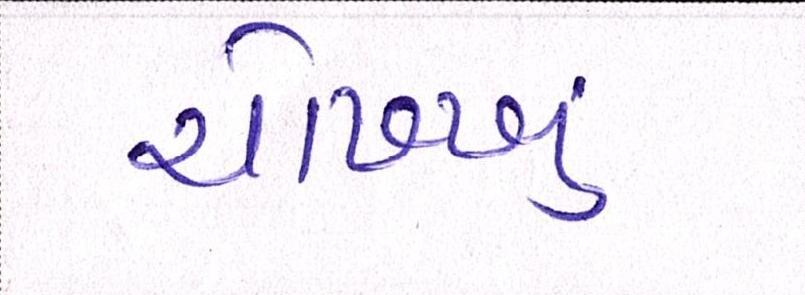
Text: ચોખ્ખુ